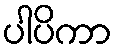
ပါပိကာ